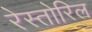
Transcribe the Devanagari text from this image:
रेस्तोरिल